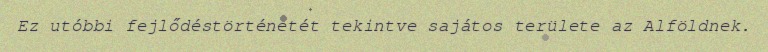
Ez utóbbi fejlődéstörténetét tekintve sajátos területe az Alföldnek.